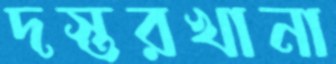
দস্তরখানা